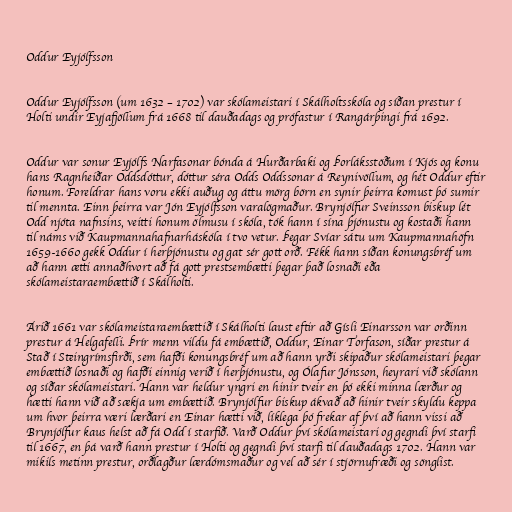
Oddur Eyjólfsson

Oddur Eyjólfsson (um 1632 – 1702) var skólameistari í Skálholtsskóla og síðan prestur í
Holti undir Eyjafjöllum frá 1668 til dauðadags og prófastur í Rangárþingi frá 1692.

Oddur var sonur Eyjólfs Narfasonar bónda á Hurðarbaki og Þorláksstöðum í Kjós og konu
hans Ragnheiðar Oddsdóttur, dóttur séra Odds Oddssonar á Reynivöllum, og hét Oddur eftir
honum. Foreldrar hans voru ekki auðug og áttu mörg börn en synir þeirra komust þó sumir
til mennta. Einn þeirra var Jón Eyjólfsson varalögmaður. Brynjólfur Sveinsson biskup lét
Odd njóta nafnsins, veitti honum ölmusu í skóla, tók hann í sína þjónustu og kostaði hann
til náms við Kaupmannahafnarháskóla í tvo vetur. Þegar Svíar sátu um Kaupmannahöfn
1659-1660 gekk Oddur í herþjónustu og gat sér gott orð. Fékk hann síðan konungsbréf um
að hann ætti annaðhvort að fá gott prestsembætti þegar það losnaði eða
skólameistaraembættið í Skálholti.

Árið 1661 var skólameistaraembættið í Skálholti laust eftir að Gísli Einarsson var orðinn
prestur á Helgafelli. Þrír menn vildu fá embættið, Oddur, Einar Torfason, síðar prestur á
Stað í Steingrímsfirði, sem hafði konungsbréf um að hann yrði skipaður skólameistari þegar
embættið losnaði og hafði einnig verið í herþjónustu, og Ólafur Jónsson, heyrari við skólann
og síðar skólameistari. Hann var heldur yngri en hinir tveir en þó ekki minna lærður og
hætti hann við að sækja um embættið. Brynjólfur biskup ákvað að hinir tveir skyldu keppa
um hvor þeirra væri lærðari en Einar hætti við, líklega þó frekar af því að hann vissi að
Brynjólfur kaus helst að fá Odd í starfið. Varð Oddur því skólameistari og gegndi því starfi
til 1667, en þá varð hann prestur í Holti og gegndi því starfi til dauðadags 1702. Hann var
mikils metinn prestur, orðlagður lærdómsmaður og vel að sér í stjörnufræði og sönglist.